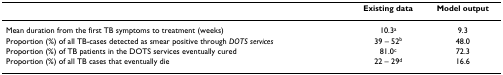
<table><thead><tr><td>[EMPTY_CELL]</td><td><b>Existing data</b></td><td><b>Model output</b></td></tr></thead><tbody><tr><td>Mean duration from the first TB symptoms to treatment (weeks)</td><td>10.3<sup>a</sup></td><td>9.3</td></tr><tr><td>Proportion (%) of all TB-cases detected as smear positive through <i>DOTS services</i></td><td>39 – 52<sup>b</sup></td><td>48.0</td></tr><tr><td>Proportion (%) of TB patients in the DOTS services eventually cured</td><td>81.0<sup>c</sup></td><td>72.3</td></tr><tr><td>Proportion (%) of all TB cases that eventually die</td><td>22 – 29<sup>d</sup></td><td>16.6</td></tr></tbody></table>